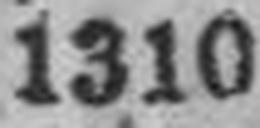
1310